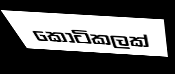
කොටිකලක්